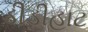
ડીડીહાટ